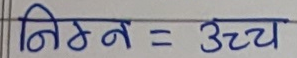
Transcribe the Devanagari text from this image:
निम्न = उच्च